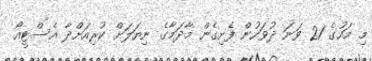
މި މަހުގެ 21 ވަނަ ދުވަހުން ފެށިގެން މާދަމާގެ ނިޔަލަށް ކުރިއަށްދާ އެސްޓީއޯ